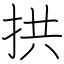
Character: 拱